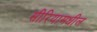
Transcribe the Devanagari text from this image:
सीरियामधील